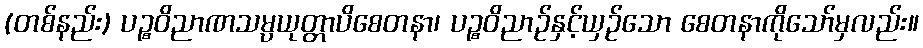
(တစ်နည်း) ပဉ္စဝိညာဏသမ္ပယုတ္တာပိစေတနာ၊ ပဉ္စဝိညာဉ်နှင့်ယှဉ်သော စေတနာကိုသော်မှလည်း။